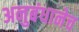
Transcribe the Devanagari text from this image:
अनुबंधानेच